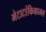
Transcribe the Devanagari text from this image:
मेटाटांकिकाम्ल